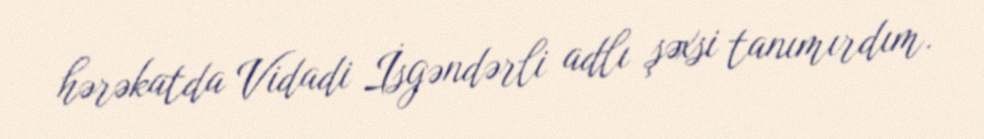
hərəkatda Vidadi İsgəndərli adlı şəxsi tanımırdım.